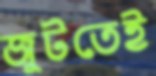
জুটতেই